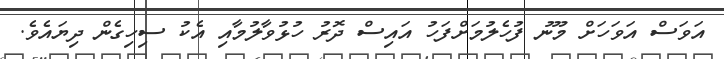
އަވަސް އަވަހަށް މޫނު ފުހެލުމަށްފަހު އައިސް ދޮރު ހުޅުވާލުމާއި އެކު ސިހިގެން ދިޔައެވެ.